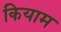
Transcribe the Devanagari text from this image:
कियाम